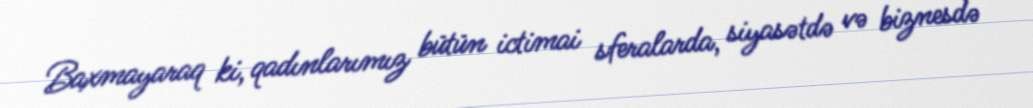
Baxmayaraq ki, qadınlarımız bütün ictimai sferalarda, siyasətdə və biznesdə